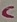
Text: C